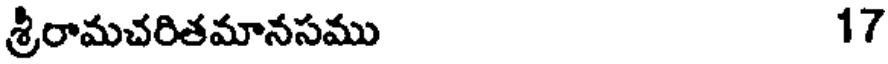
శ్రీరామచరితమానసము 17